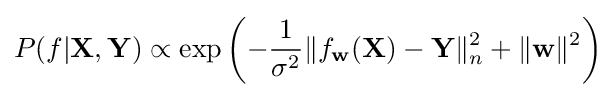
P(f|\mathbf {X} ,\mathbf {Y} )\propto \exp \left(-{\frac {1}{\sigma ^{2}}}\|f_{\mathbf {w} }(\mathbf {X} )-\mathbf {Y} \|_{n}^{2}+\|\mathbf {w} \|^{2}\right)